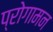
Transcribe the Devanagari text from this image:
प्रोगामन